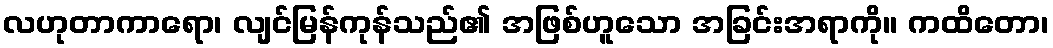
လဟုတာကာရော၊ လျင်မြန်ကုန်သည်၏ အဖြစ်ဟူသော အခြင်းအရာကို။ ကထိတော၊